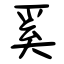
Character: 奚